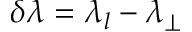
\delta \lambda = \lambda _ { l } - \lambda _ { \perp }